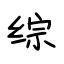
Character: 综